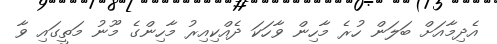
އެދިމާއަށް ބަލަން ހުރެ މާހިން ވާހަކަ ދެއްކިއިރު މާހިންގެ މޫނު މަތީގައި ވާ